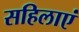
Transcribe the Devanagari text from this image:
सहिलाएं